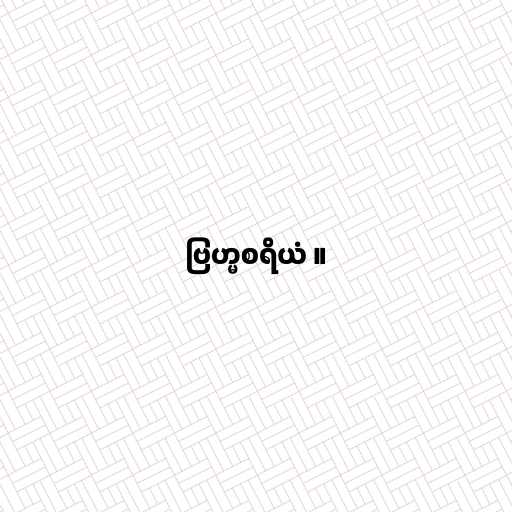
ဗြဟ္မစရိယံ ။